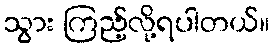
သွား ကြည့်လို့ရပါတယ်။